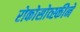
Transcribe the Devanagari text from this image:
रोकोसोव्स्कीने